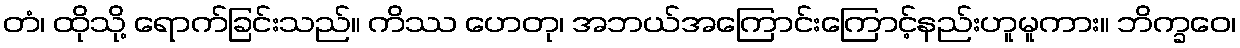
တံ၊ ထိုသို့ ရောက်ခြင်းသည်။ ကိဿ ဟေတု၊ အဘယ်အကြောင်းကြောင့်နည်းဟူမူကား။ ဘိက္ခဝေ၊